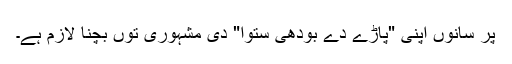
پر سانوں اپنی "پاڑے دے بودھی ستوا" دی مشہوری توں بچنا لازم ہے۔